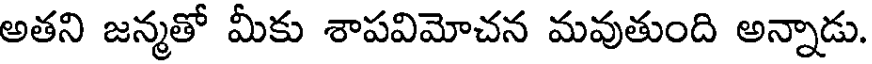
అతని జన్మతో మీకు శాపవిమోచన మవుతుంది అన్నాడు.